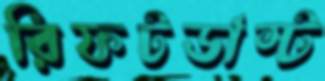
রিফটডাস্ট